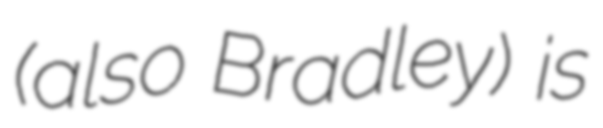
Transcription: (also Bradley) is